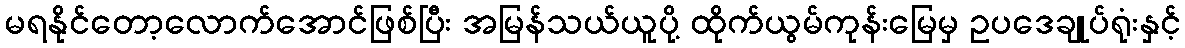
မရနိုင်တော့လောက်အောင်ဖြစ်ပြီး အမြန်သယ်ယူပို့ ထိုက်ယွမ်ကုန်းမြေမှ ဥပဒေချုပ်ရုံးနှင့်